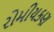
રોમીયકણ